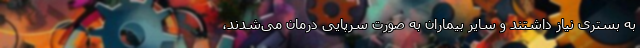
به بستری نیاز داشتند و سایر بیماران به صورت سرپایی درمان می‌شدند،